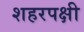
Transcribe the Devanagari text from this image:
शहरपक्षी